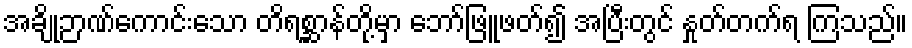
အချို့ဉာဏ်ကောင်းသော တိရစ္ဆာန်တို့မှာ ဘော်ဖြူဖတ်၍ အပြီးတွင် နှုတ်တက်ရ ကြသည်။